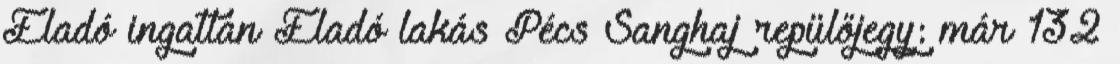
Eladó ingatlan Eladó lakás Pécs Sanghaj repülőjegy: már 132